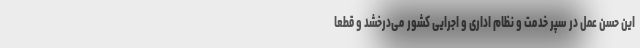
این حسن عمل در سپر خدمت و نظام اداری و اجرایی کشور می‌درخشد و قطعاً